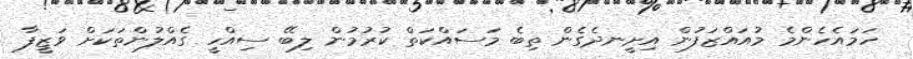
ހަމައެހެންމެ މުއައްޒަފުން އިށީނދެގެން ތިބެ މަސައްކަތް ކުރުމުން ލިބޭ ސިއްހީ ގެއްލުންތަކަށް ވަޒީފާ